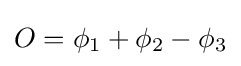
O=\phi _{1}+\phi _{2}-\phi _{3}